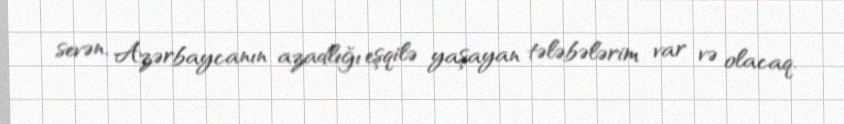
sevən, Azərbaycanın azadlığı eşqilə yaşayan tələbələrim var və olacaq.